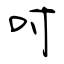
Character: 吋